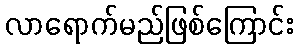
လာရောက်မည်ဖြစ်ကြောင်း